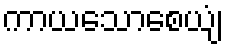
ကာယသောစေယျံ